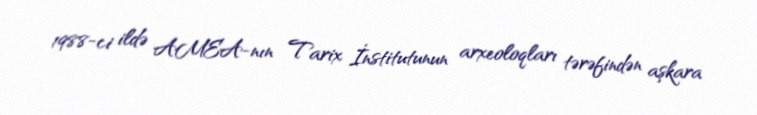
1988-ci ildə AMEA-nın Tarix İnstitutunun arxeoloqları tərəfindən aşkara